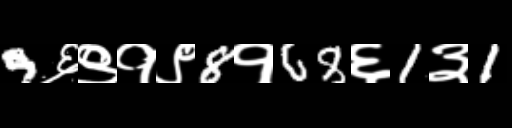
Text: 9६९१९8१68६1३1